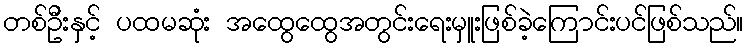
တစ်ဦးနှင့် ပထမဆုံး အထွေထွေအတွင်းရေးမှူးဖြစ်ခဲ့ကြောင်းပင်ဖြစ်သည်။